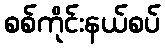
စစ်ကိုင်းနယ်စပ်